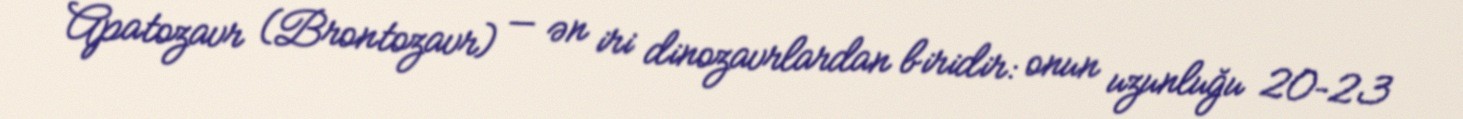
Apatozavr (Brontozavr) — ən iri dinozavrlardan biridir: onun uzunluğu 20–23